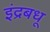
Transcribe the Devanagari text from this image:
इंद्रबधू